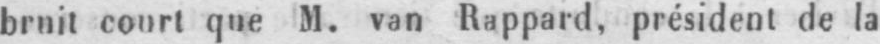
bruit court que M. van Rappard, président de la